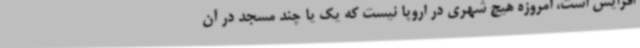
افزایش است، امروزه هیچ شهری در اروپا نیست که یک یا چند مسجد در آن